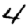
Digit: 4